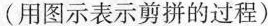
(用图示表示剪拼的过程)